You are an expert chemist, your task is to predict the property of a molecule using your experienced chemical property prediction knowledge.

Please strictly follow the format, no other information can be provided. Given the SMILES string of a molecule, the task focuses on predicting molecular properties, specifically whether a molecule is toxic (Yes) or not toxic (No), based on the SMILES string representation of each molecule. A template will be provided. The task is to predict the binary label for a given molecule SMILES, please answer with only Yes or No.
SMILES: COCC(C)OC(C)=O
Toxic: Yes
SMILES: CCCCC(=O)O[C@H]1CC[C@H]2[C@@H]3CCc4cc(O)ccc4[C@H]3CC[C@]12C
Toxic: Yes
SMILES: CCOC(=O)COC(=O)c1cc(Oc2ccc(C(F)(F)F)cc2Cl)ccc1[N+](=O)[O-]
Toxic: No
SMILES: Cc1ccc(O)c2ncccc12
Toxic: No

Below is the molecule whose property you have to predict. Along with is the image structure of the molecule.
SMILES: CCCCC(CC)COC(=O)c1ccc(N(C)C)cc1
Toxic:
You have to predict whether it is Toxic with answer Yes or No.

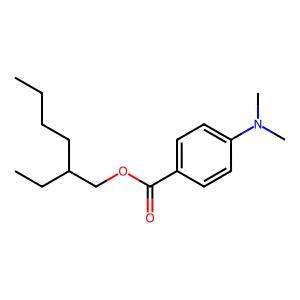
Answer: No